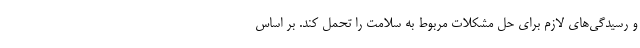
و رسیدگی‌های لازم برای حل مشکلات مربوط به سلامت را تحمل کند. بر اساس